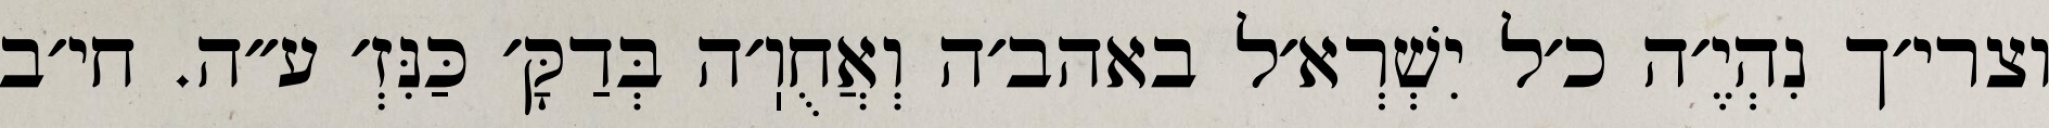
וצרי׳ך נִהְיֶ׳ה כ׳ל יִשְׁרְא׳ל באהב׳ה וְאֲחֻוֽ׳ה בְּדַקָּ׳ כַּנִּזְ׳ ע״ה. חי׳ב